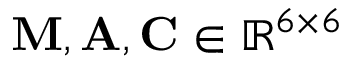
\mathbf { M } , \mathbf { A } , \mathbf { C } \in \mathbb { R } ^ { 6 \times 6 }